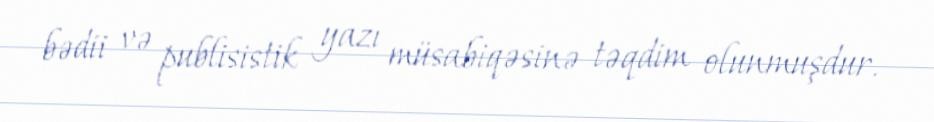
bədii və publisistik yazı müsabiqəsinə təqdim olunmuşdur.